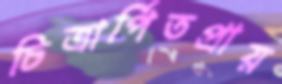
চিত্রার্পিতপ্রায়